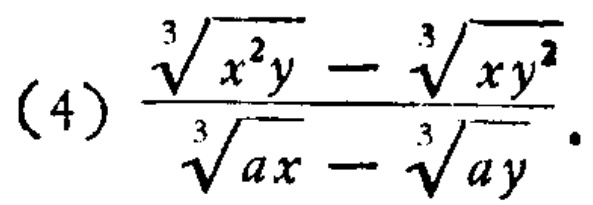
\(\frac{\sqrt[3]{x^{2}y}-\sqrt[3]{xy^{2}}}{\sqrt[3]{ax}-\sqrt[3]{ay}}\)